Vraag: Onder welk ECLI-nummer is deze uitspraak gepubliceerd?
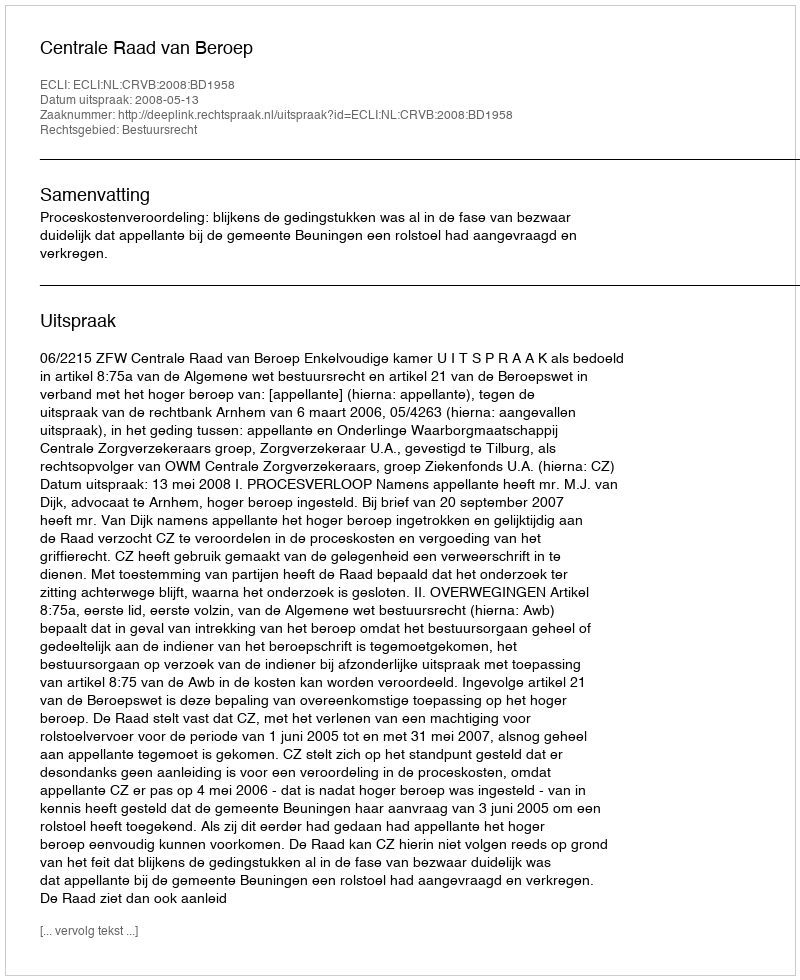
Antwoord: ECLI:NL:CRVB:2008:BD1958